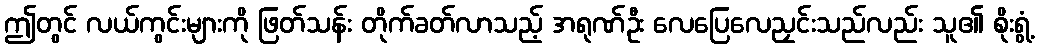
ဤတွင် လယ်ကွင်းများကို ဖြတ်သန်း တိုက်ခတ်လာသည့် အရုဏ်ဦး လေပြေလေညှင်းသည်လည်း သူ၏ စိုးရွံ့